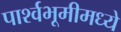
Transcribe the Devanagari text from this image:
पार्श्वभूमीमध्ये